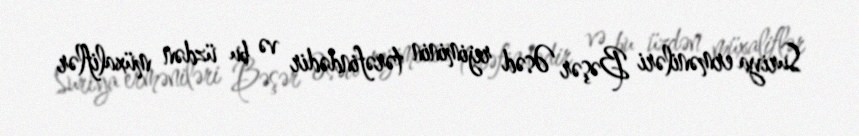
Suriya erməniləri Bəşər Əsəd rejiminin tərəfindədir və bu üzdən müxaliflər